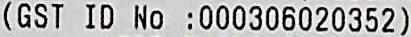
(GST ID NO :000306020352)